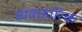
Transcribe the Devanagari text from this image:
व्यवाहारिक